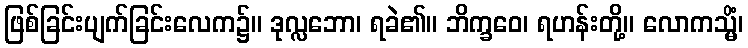
ဖြစ်ခြင်းပျက်ခြင်းလေက၌။ ဒုလ္လဘော၊ ရခဲ၏။ ဘိက္ခဝေ၊ ရဟန်းတို့။ လောကသ္မိံ၊